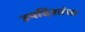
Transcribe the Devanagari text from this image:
उपदिशांचा